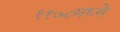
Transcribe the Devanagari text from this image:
११७८मध्ये